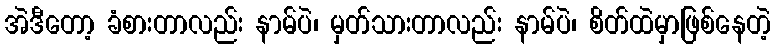
အဲဒီတော့ ခံစားတာလည်း နာမ်ပဲ၊ မှတ်သားတာလည်း နာမ်ပဲ၊ စိတ်ထဲမှာဖြစ်နေတဲ့